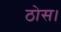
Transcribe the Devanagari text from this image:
ठोस।